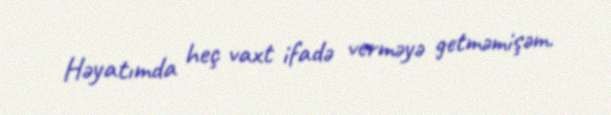
Həyatımda heç vaxt ifadə verməyə getməmişəm.